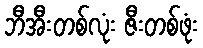
ဘီအီးတစ်လုံး ဇီးတစ်ဖုံး